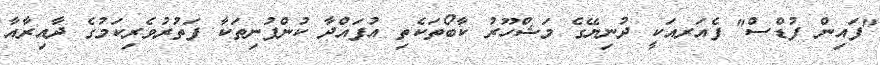
"ފައިން ފުޑްސް" ފެއަރއަކީ ދުނިޔޭގެ މަޝްހޫރު ކާބޯތަކެތި އުފައްދާ ކުންފުނިތަކާ ފަތުރުވެރިކަމުގެ ދާއިރާއާ